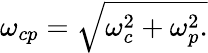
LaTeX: \omega_{cp}=\sqrt{\omega_{c}^{2}+\omega_{p}^{2}.}